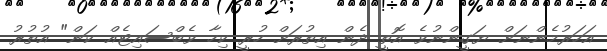
އަހަރުމެންނަށް ޔަގީންނުވެ އޮތީ ދެން އިތުރަށް ހުރީ ކިހާ ވެބްސައިޓެއް ކަން" އުތުރު